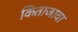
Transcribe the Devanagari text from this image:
किताजावा